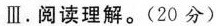
Ⅲ.阅读理解.(20 分)